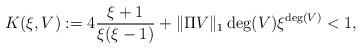
LaTeX: \begin{align*}K(\xi,V) := 4\frac{\xi+1}{\xi(\xi-1)} + \|\Pi V\|_1 \deg(V)\xi^{\deg(V)} < 1,\end{align*}